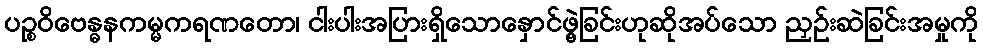
ပဉ္စဝိဗေန္ဓနကမ္မကရဏတော၊ ငါးပါးအပြားရှိသောနှောင်ဖွဲ့ခြင်းဟုဆိုအပ်သော ညှဉ်းဆဲခြင်းအမှုကို